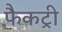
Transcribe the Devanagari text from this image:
फैकट्री